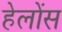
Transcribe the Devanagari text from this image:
हेलोंस